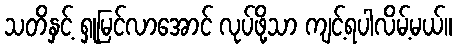
သတိနှင့် ရှုမြင်လာအောင် လုပ်ဖို့သာ ကျင့်ရပါလိမ့်မယ်။